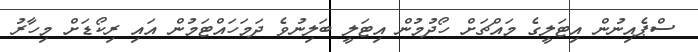
ސްޕެއިނުން އިޓަލީގެ މައްޗަށް ހޯދުމުން އިޓަލީ ބަލިނުވެ ދަމަހައްޓަމުން އައި ރިކޯޑަށް މިހާރު